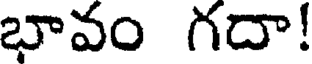
భావం గదా!